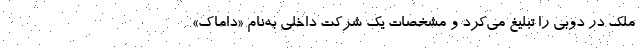
ملک در دوبی را تبلیغ می‌کرد و مشخصات یک شرکت داخلی به‌نام «داماک»